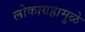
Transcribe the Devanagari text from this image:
लोकाग्रहामुळे